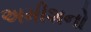
અમીશનો